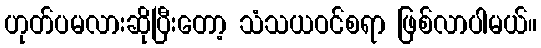
ဟုတ်ပမလားဆိုပြီးတော့ သံသယဝင်စရာ ဖြစ်လာပါမယ်။